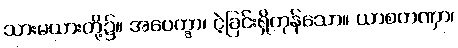
သားမယားတို့၌။ အပေက္ခာ၊ ငဲ့ခြင်းရှိကုန်သော။ ယာစတဏှာ၊